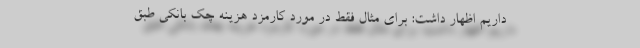
داریم اظهار داشت: برای مثال فقط در مورد کارمزد هزینه چک بانکی طبق